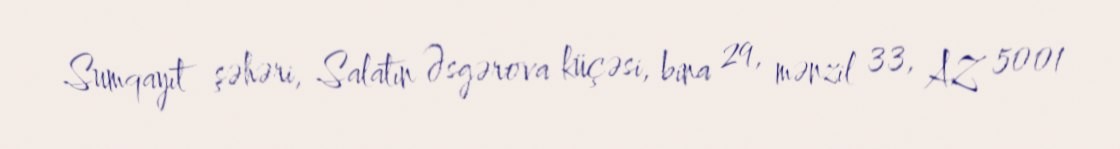
Sumqayıt şəhəri, Salatın Əsgərova küçəsi, bina 29, mənzil 33, AZ 5001